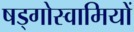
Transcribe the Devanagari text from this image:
षड्गोस्वामियों